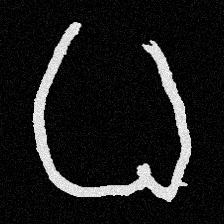
Pyu character \u2014 Myanmar letter: ဓ (romanized: dha)